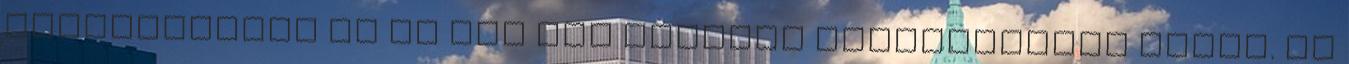
kipusztítása és az ott élő állatok lemészárlása ellen. Az